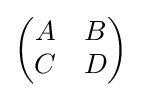
{\begin{pmatrix}A&B\\C&D\end{pmatrix}}